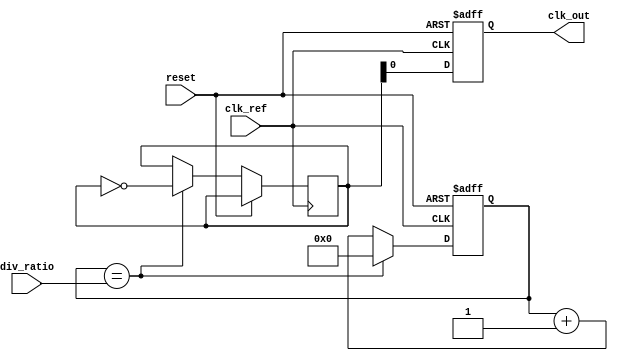
module type2_pll (
    input wire clk_ref,         // Reference clock input
    input wire reset,           // Asynchronous reset
    input wire [3:0] div_ratio, // Division ratio for feedback
    output reg clk_out          // Output clock
);

    // Phase Detector
    reg phase_error;
    reg phase_detector_out;

    // Loop Filter
    reg [15:0] integrator;      // 16-bit integrator for Type-2 filter
    reg [15:0] proportional_gain = 16'h0001; // Proportional gain
    reg [15:0] control_voltage;  // Control voltage for VCO

    // Voltage-Controlled Oscillator (VCO)
    reg [15:0] vco_freq;        // VCO frequency
    reg [15:0] vco_output;      // VCO output signal

    // Feedback Divider
    reg [3:0] feedback_counter; // Counter for feedback division

    // Clock generation process
    always @(posedge clk_ref or posedge reset) begin
        if (reset) begin
            phase_error <= 0;
            integrator <= 0;
            feedback_counter <= 0;
            clk_out <= 0;
            vco_freq <= 0;
        end else begin
            // Phase Detector logic
            // Compare reference clock and VCO output
            if (clk_ref && !vco_output[0]) begin
                phase_error <= 1; // VCO is behind reference
            end else begin
                phase_error <= 0; // VCO is ahead or in sync
            end
            
            // Loop Filter logic
            if (phase_error) begin
                // Update integrator
                integrator <= integrator + proportional_gain;
            end else begin
                // Decrement integrator for stability
                if (integrator > 0)
                    integrator <= integrator - proportional_gain;
            end
            
            // Control voltage for VCO
            control_voltage <= integrator;

            // VCO frequency adjustment
            vco_freq <= control_voltage; // Assume linear relationship for simplicity

            // Generate VCO output
            if (feedback_counter == div_ratio) begin
                vco_output <= ~vco_output; // Toggle output
                feedback_counter <= 0; // Reset counter
            end else begin
                feedback_counter <= feedback_counter + 1; // Increment feedback counter
            end
            
            // Output clock generation
            clk_out <= vco_output;
        end
    end

endmodule